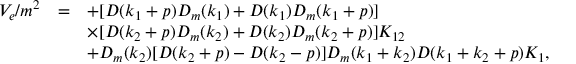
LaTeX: \begin{array} { r c l } { { V _ { e } / m ^ { 2 } } } & { { = } } & { { \displaystyle + [ D ( k _ { 1 } + p ) D _ { m } ( k _ { 1 } ) + D ( k _ { 1 } ) D _ { m } ( k _ { 1 } + p ) ] } } \\ { { } } & { { } } & { { \displaystyle \times [ D ( k _ { 2 } + p ) D _ { m } ( k _ { 2 } ) + D ( k _ { 2 } ) D _ { m } ( k _ { 2 } + p ) ] K _ { 1 2 } } } \\ { { } } & { { } } & { { \displaystyle + D _ { m } ( k _ { 2 } ) [ D ( k _ { 2 } + p ) - D ( k _ { 2 } - p ) ] D _ { m } ( k _ { 1 } + k _ { 2 } ) D ( k _ { 1 } + k _ { 2 } + p ) K _ { 1 } , } } \end{array}